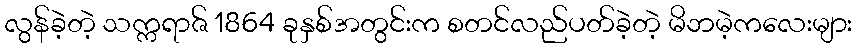
လွန်ခဲ့တဲ့ သက္ကရာဇ် 1864 ခုနှစ်အတွင်းက စတင်လည်ပတ်ခဲ့တဲ့ မိဘမဲ့ကလေးများ